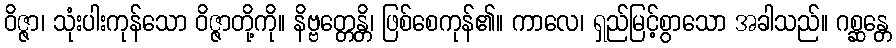
ဝိဇ္ဇာ၊ သုံးပါးကုန်သော ဝိဇ္ဇာတို့ကို။ နိဗ္ဗတ္တေန္တိ၊ ဖြစ်စေကုန်၏။ ကာလေ၊ ရှည်မြင့်စွာသော အခါသည်။ ဂစ္ဆန္တေ